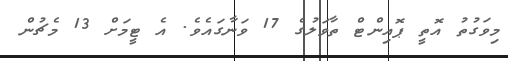
މިވަގުތު އޮތީ ޕޮއިންޓް ތާވަލުގެ 17 ވަނާގައެވެ. އެ ޓީމަށް 13 މެޗުން